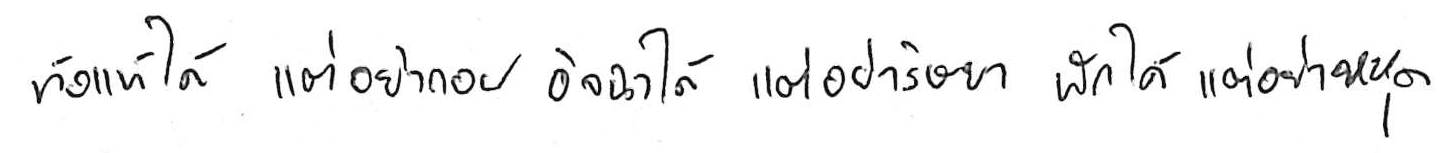
ท้อแท้ได้ แต่อย่าท้อถอย อิจฉาได้ แต่อย่าริษยา พักได้ แต่อย่าหยุด